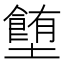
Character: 𡓉